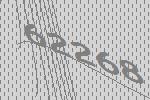
62268